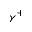
\gamma ^ { + }